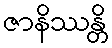
ဇာနိဿန္တိ